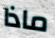
ماذا